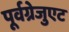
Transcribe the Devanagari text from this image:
पूर्वग्रेजुएट